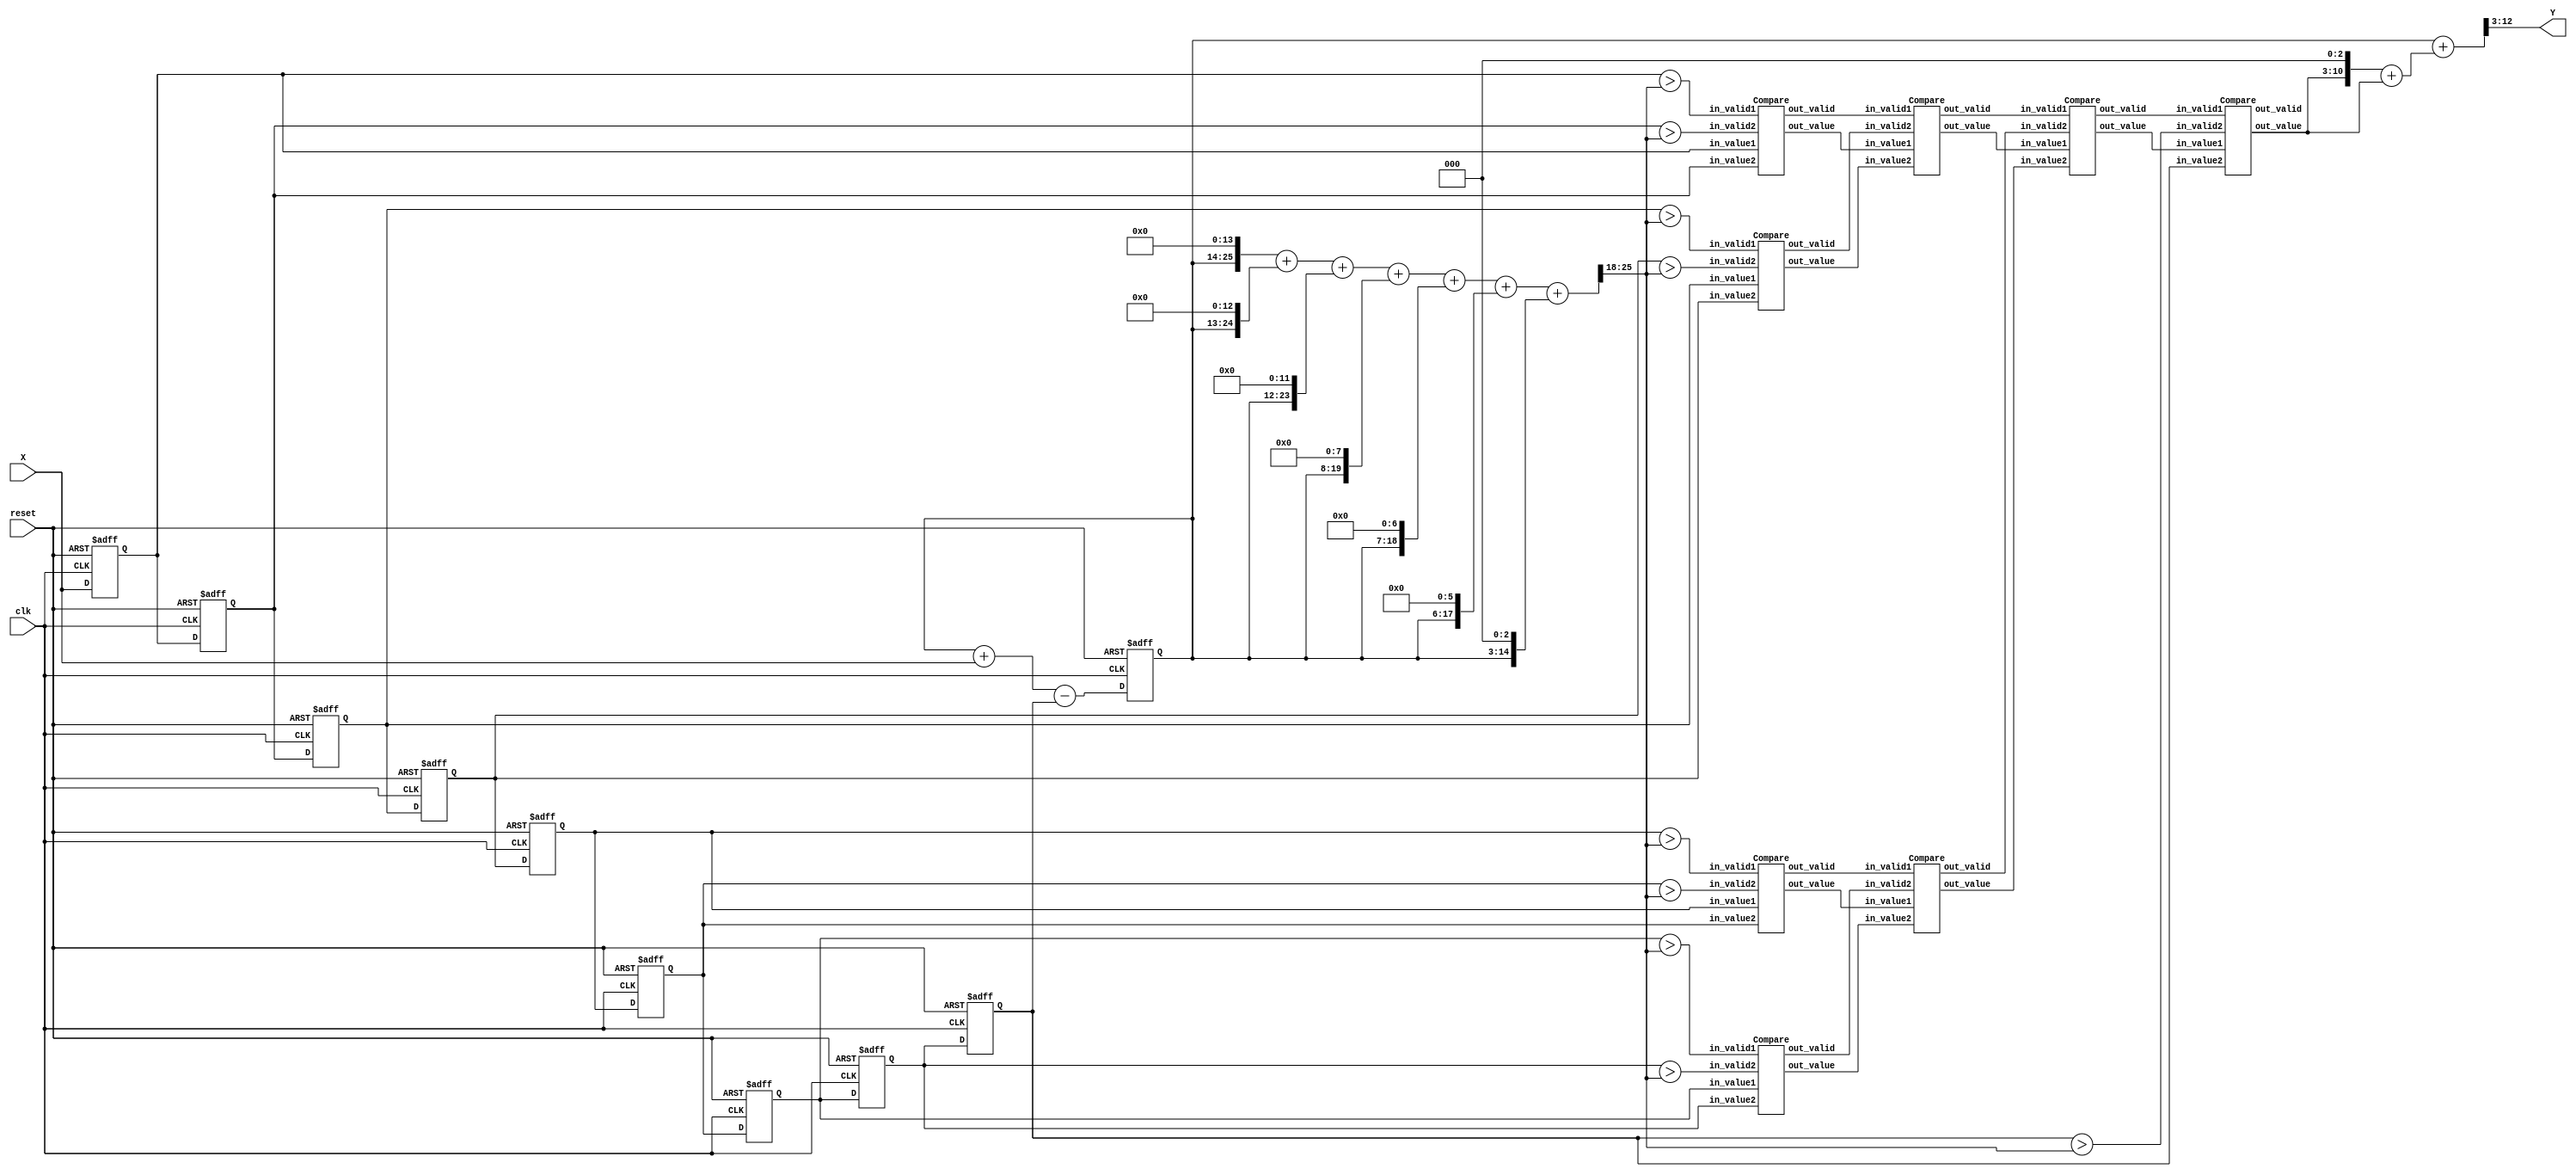
`timescale 1ns/10ps
module CS(Y, X, reset, clk);

input clk, reset; 
input 	[7:0] X;
output 	[9:0] Y;

//--------------------------------------
//  \^o^/   Write your code here~  \^o^/
//--------------------------------------

wire[8:0] flag;
reg [7:0]inputx[0:8];
integer i;
reg [11:0] accum;
wire  [12:0] sum;
wire[29:0] avg;
wire o_valid_11,o_valid_12,o_valid_13,o_valid_14,o_valid_21,o_valid_22,o_valid_31,
    o_valid_41;

wire [7:0] o_value_11,o_value_12,o_value_13,o_value_14,o_value_21,o_value_22,
            o_value_31,o_value_41;



always @(posedge clk or posedge reset) begin
    if(reset)begin
        for(i=0;i<9;i=i+1)begin
            inputx[i]<=8'b0;
        end
    end
    else begin
        inputx[0] <= X;
        for(i=0;i<8;i=i+1)begin
            inputx[i+1] <= inputx[i];
        end
    end    
end

always @(posedge clk or posedge reset)begin
    if(reset)begin
        accum <= 8'b0;
    end
    else begin
        accum <= accum + {4'b0,X} - {4'b0,inputx[8]};
    end
end

parameter one_nine = 18'b000111000111001000;
wire [29:0]a;
//assign avg = (accum * one_nine)>>18;
assign a = {4'b0,accum,14'b0}+{5'b0,accum,13'b0}+{6'b0,accum,12'b0}+{10'b0,accum,8'b0}+{11'b0,accum,7'b0}+{12'b0,accum,6'b0}+{15'b0,accum,3'b0};
assign avg = a>>18;
assign flag[0] = inputx[0] > avg[7:0];
assign flag[1] = inputx[1] > avg[7:0];
assign flag[2] = inputx[2] > avg[7:0];
assign flag[3] = inputx[3] > avg[7:0];
assign flag[4] = inputx[4] > avg[7:0];
assign flag[5] = inputx[5] > avg[7:0];
assign flag[6] = inputx[6] > avg[7:0];
assign flag[7] = inputx[7] > avg[7:0];
assign flag[8] = inputx[8] > avg[7:0];

Compare c11(flag[0],flag[1],inputx[0],inputx[1],o_valid_11,o_value_11);
Compare c12(flag[2],flag[3],inputx[2],inputx[3],o_valid_12,o_value_12);
Compare c13(flag[4],flag[5],inputx[4],inputx[5],o_valid_13,o_value_13);
Compare c14(flag[6],flag[7],inputx[6],inputx[7],o_valid_14,o_value_14);
Compare c21(o_valid_11,o_valid_12,o_value_11,o_value_12,o_valid_21,o_value_21);
Compare c22(o_valid_13,o_valid_14,o_value_13,o_value_14,o_valid_22,o_value_22);
Compare c31(o_valid_21,o_valid_22,o_value_21,o_value_22,o_valid_31,o_value_31);
Compare c41(o_valid_31,flag[8],o_value_31,inputx[8],o_valid_41,o_value_41);

wire [11:0]xappr9;
assign xappr9 = {1'b0,o_value_41,3'b0} + {4'b0,o_value_41};
//assign xappr9 = o_value_41*4'b1001;
assign sum = accum + xappr9;
assign Y = sum[12:3];


endmodule




module Compare (in_valid1,in_valid2,in_value1,in_value2,out_valid,out_value);

input in_valid1;
input in_valid2;
input [7:0]in_value1;
input [7:0]in_value2;
output reg out_valid;
output reg [7:0]out_value;
wire flag;

assign flag = in_value1 > in_value2;

always @(*) begin
    case({in_valid1,in_valid2})
        2'b00:begin
            out_valid = 1'b0;
            if(flag) out_value = in_value1;
            else out_value = in_value2;
        end
        2'b01:begin
            out_valid = 1'b0;
            out_value = in_value1;
        end
        2'b10:begin
            out_valid = 1'b0;
            out_value = in_value2;
        end
        default:begin
            out_valid = 1'b1;
            out_value = 8'bx;
        end
    endcase
end




endmodule